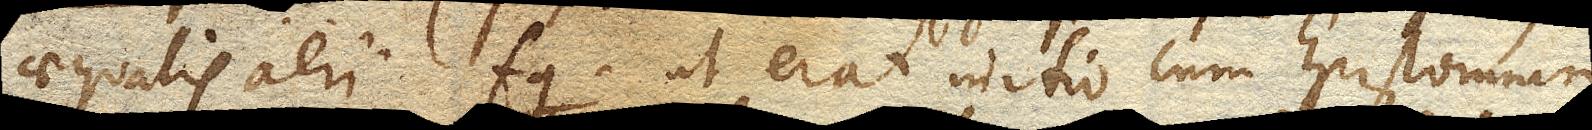
aequalis aeri fg. ut erat initio cum Epistomium